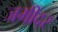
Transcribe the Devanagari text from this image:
जमींदर